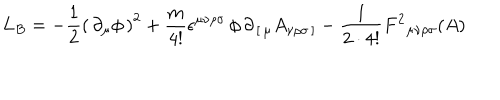
L _ { B } = - { \frac { 1 } { 2 } } \left( \, \partial _ { \mu } \phi \, \right) ^ { 2 } + { \frac { m } { 4 ! } } \epsilon ^ { \mu \nu \rho \sigma } \, \phi \, \partial _ { \, [ \, \mu } A _ { \nu \rho \sigma \, ] } - { \frac { 1 } { 2 \cdot 4 ! } } F ^ { 2 } { } _ { \mu \nu \rho \sigma } ( A )